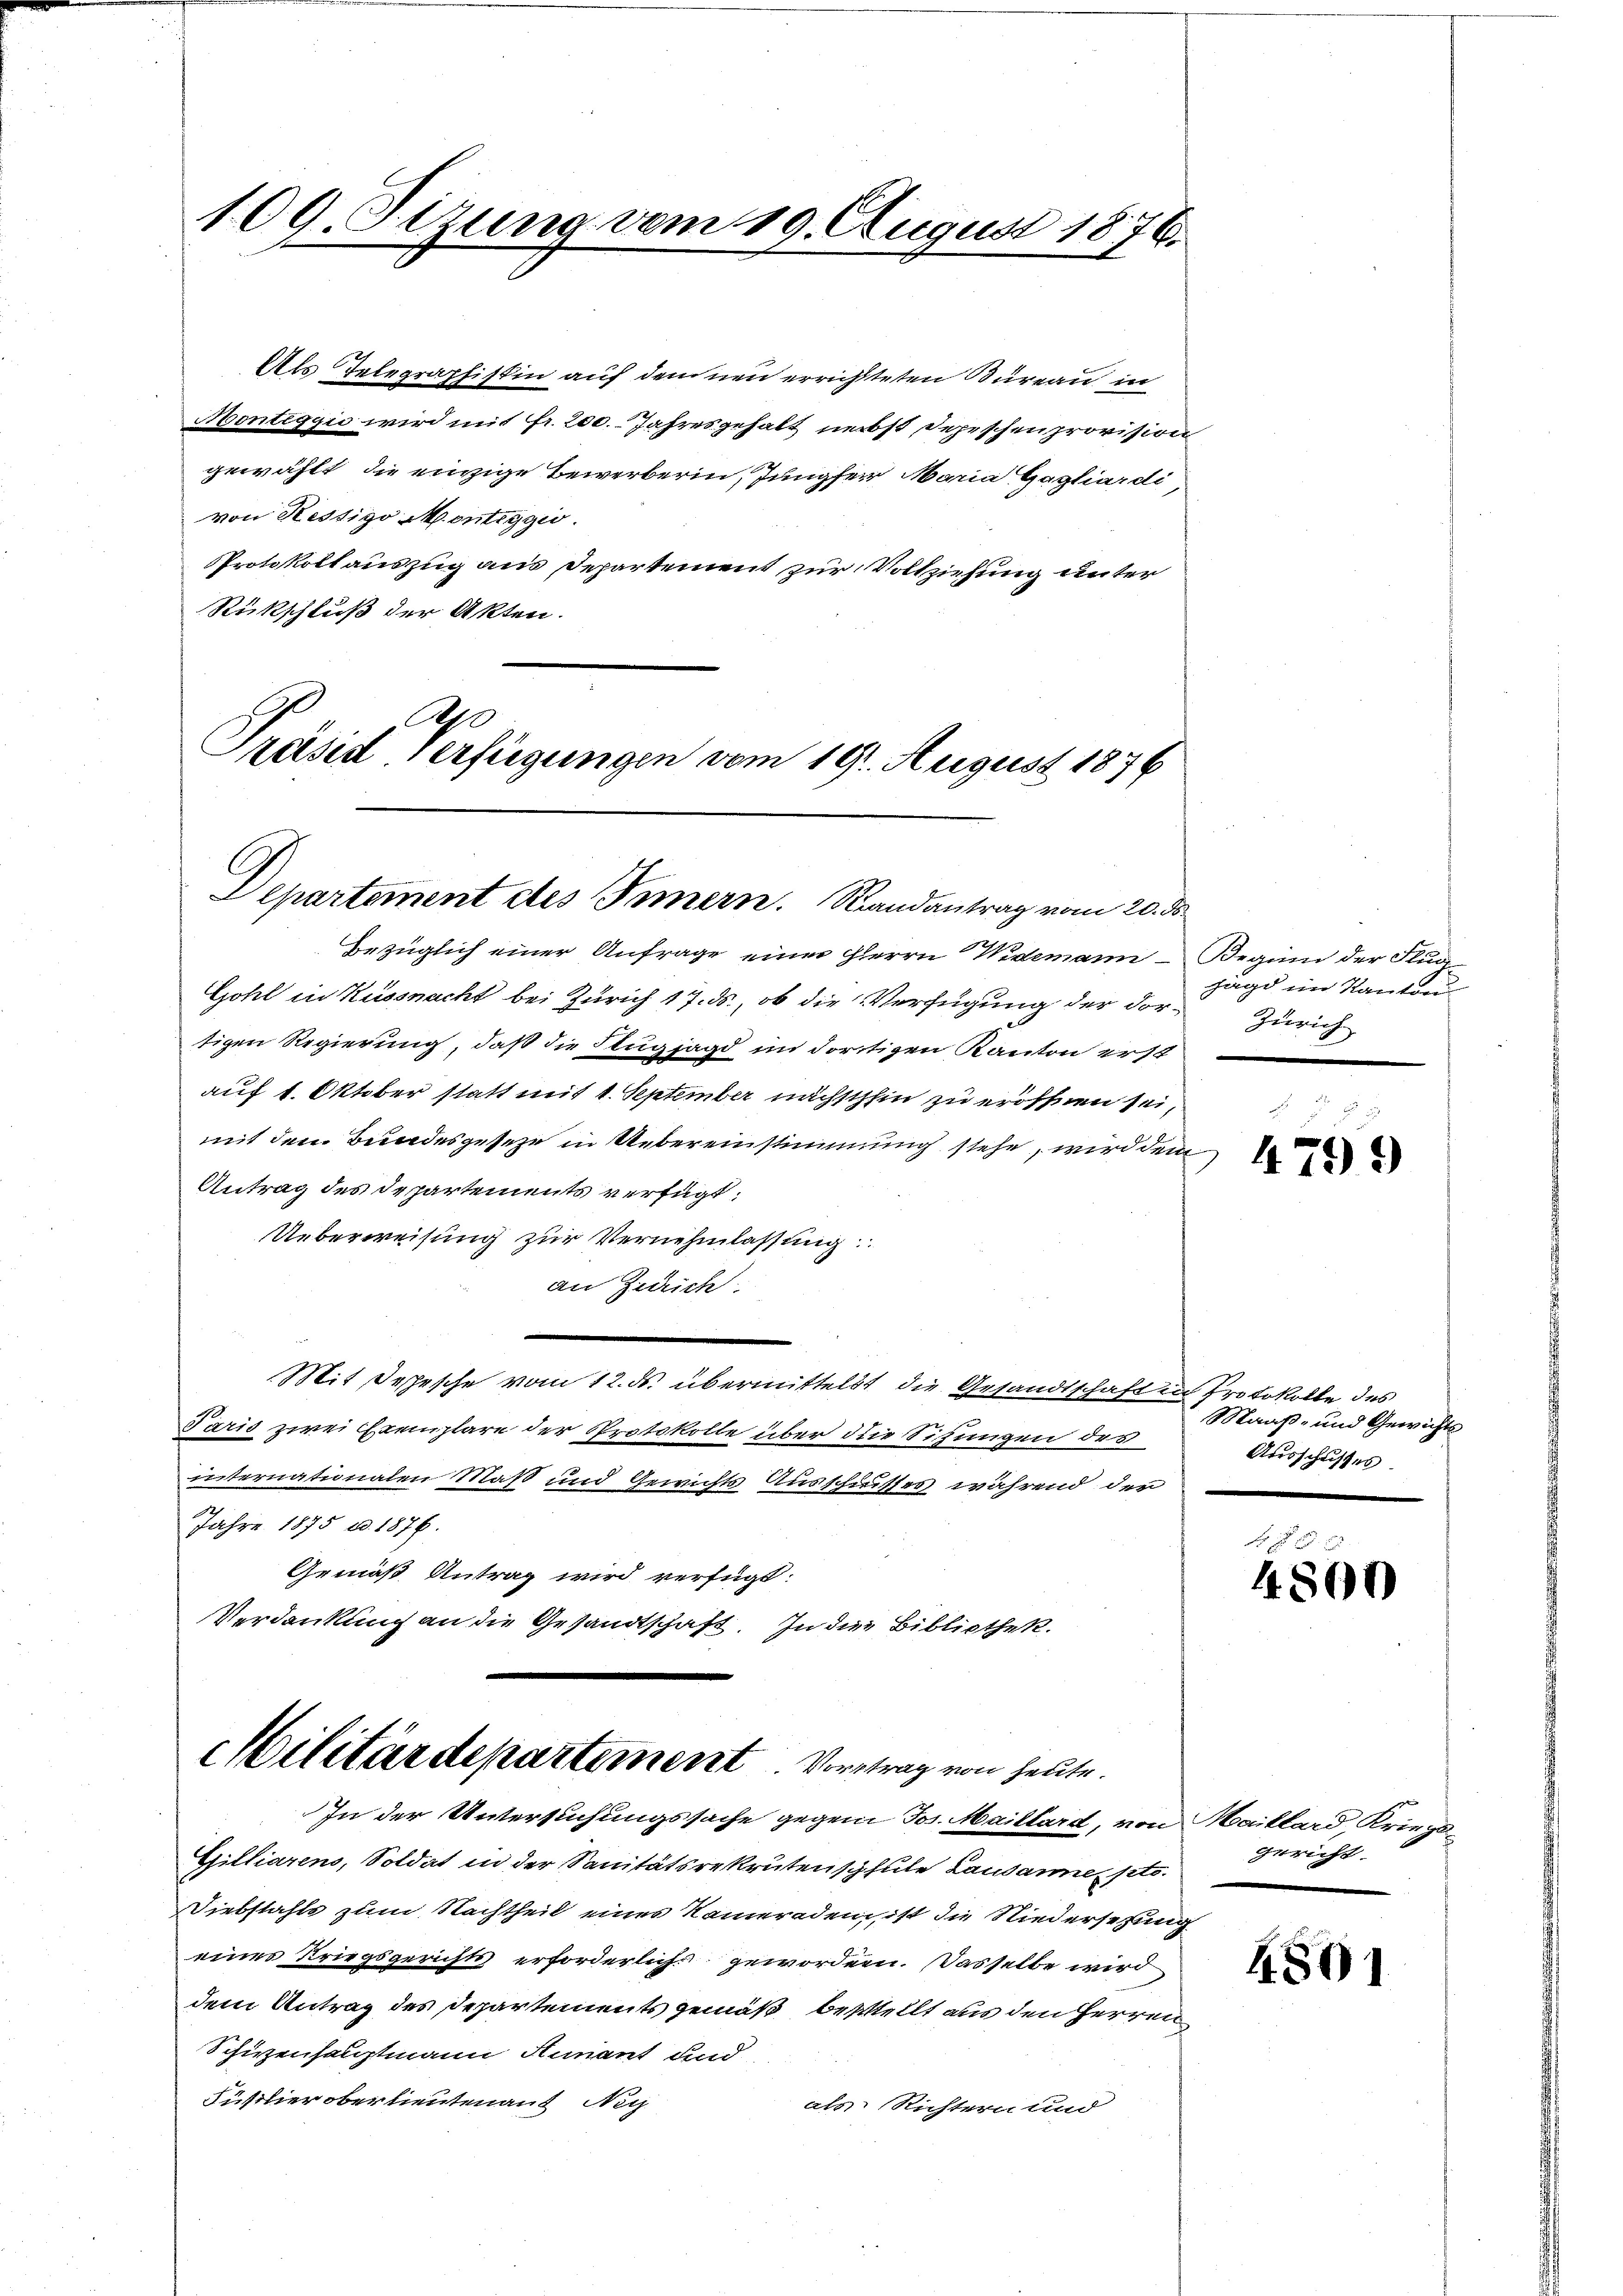
109. Sizung vom 19. August 1876.
.

Als Telegraphistin auf dem neu errichteten Büreau in
Montiggio wird mit Fr. 200. Jahresgehalt nebst Depeschen provision
gewählt, die einzige Bewerberin, Jungfer Maria Gagliardi
von Restigo Montiggio.
Protokoll auszug aus Departement zur Vollziehung unter
Rückschluß der Akten.
A

räsid verfügungen vom 19. August 1876
Departement des Innern. Randantrag vom 20. d.

Militärdepartement Vortrag von heute

Gohl in Küssnacht bei Zürich 17. ds., ob die Verfügung der dortigen Regierung, daß die Flugjagd im dortigen Kanton erst
auf 1. Oktober statt mit 1. September nächsthin zu eröffnen sei,
mit dem Bundesgeseze in Uebereinstimmung stehe, wird dem
Antrag des Departements verfügt:
Ueberweisung zur Vernehmlassung
an Zürich
Mit Depesche vom 12. ds. übermittelst die Gesandtschaft in Protokolle des
Paris zwei Exemplare der Protokolle über die Sitzungen des
internationalen Maß und Gewichts Ausschusses während der
Jahre 1875 ad. 1876.
Gemäß Antrag wird verfügt:
Verdankung an die Gesandtschaft. In die Bibliothek.

bezüglich einer Anfrage einer Herrn Widemann - Beginn der Flug-

In der Untersuchungssache gegen Jos. Maillard, von Maillard, Kriegs-
Gilliarens, Soldat in der Sanitätsrekruten schule Lausanne, sto.
Diebstahls zum Nachtheil eines Kameraden, ist die Niedersetzung
eines Kriegsgerichts erforderlichs geworden. Dasselbe wird
dem Antrag des Departements gemäß bestellt aus den Herren
Schienhauptmann Hunant und
Füßlier ober lieuten auf Nich
als Richtern und

Jagd im Kanton
Zürich

Maaß- und Gewichts
Ausschusses

gericht

4799

4800

4801